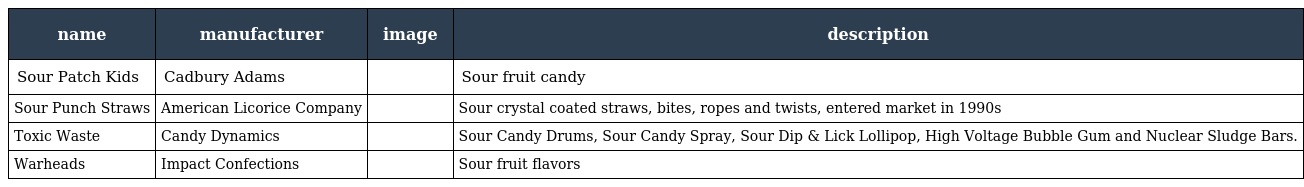
| name | manufacturer | image | description |
 | --- | --- | --- | --- |
 | Sour Patch Kids | Cadbury Adams |  | Sour fruit candy |
 | Sour Punch Straws | American Licorice Company |  | Sour crystal coated straws, bites, ropes and twists, entered market in 1990s |
 | Toxic Waste | Candy Dynamics |  | Sour Candy Drums, Sour Candy Spray, Sour Dip & Lick Lollipop, High Voltage Bubble Gum and Nuclear Sludge Bars. |
 | Warheads | Impact Confections |  | Sour fruit flavors |